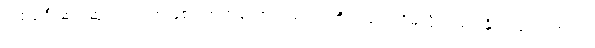
ပထမဦးဆုံး ဆုဖလား အဖြစ် ကာရာဘောင်းဖလားကိုလည်း သိမ်းပိုက်ထားနိုင်ပါသေးတယ်။